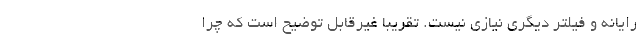
رایانه و فیلتر دیگری نیازی نیست. تقریباً غیرقابل توضیح است که چرا